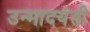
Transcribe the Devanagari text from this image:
उन्मादयंती